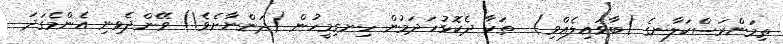
ތިމަންރަސްކަލާނގެ (ބާވައިލެއްވި)  ތަކާ ދެކޮޅުހަދަމުން ހިނގިމީހުން (ދަންނާށެވެ!) ވޭންދެވިނި އެންމެގަދަ